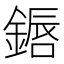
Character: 𬫷